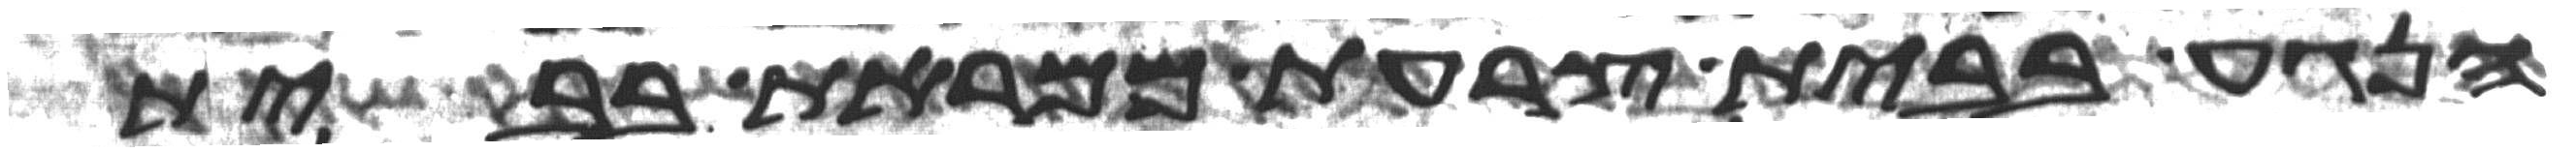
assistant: הנגע בבית צרעת ממראת בבית